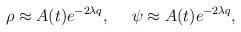
LaTeX: \begin{align*}\rho \approx A(t)e^{-2\lambda q},~~~~\psi \approx A(t)e^{-2 \lambda q},\end{align*}